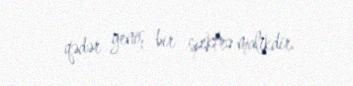
qədər geniş bir spektrə malikdir.